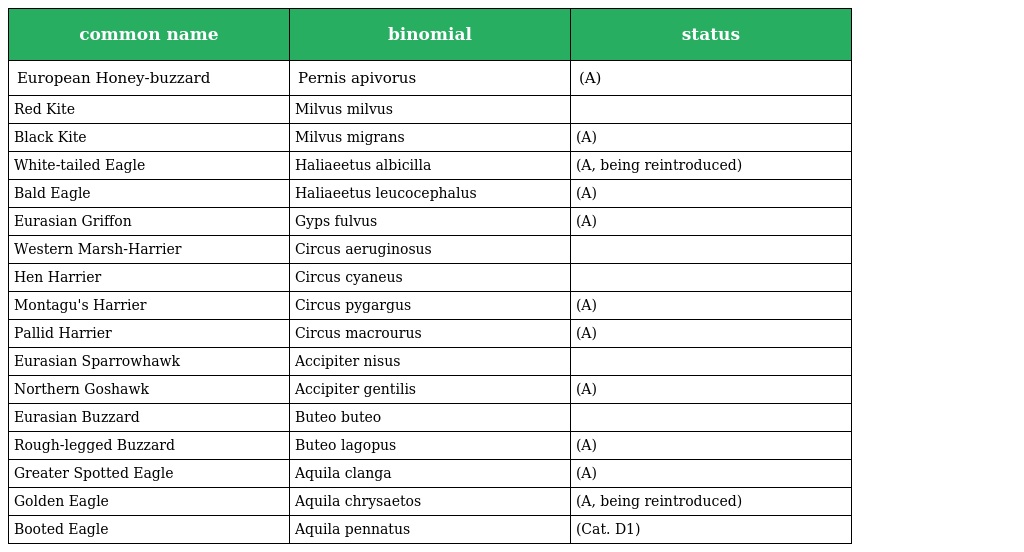
| common name | binomial | status |
 | --- | --- | --- |
 | European Honey-buzzard | Pernis apivorus | (A) |
 | Red Kite | Milvus milvus |  |
 | Black Kite | Milvus migrans | (A) |
 | White-tailed Eagle | Haliaeetus albicilla | (A, being reintroduced) |
 | Bald Eagle | Haliaeetus leucocephalus | (A) |
 | Eurasian Griffon | Gyps fulvus | (A) |
 | Western Marsh-Harrier | Circus aeruginosus |  |
 | Hen Harrier | Circus cyaneus |  |
 | Montagu's Harrier | Circus pygargus | (A) |
 | Pallid Harrier | Circus macrourus | (A) |
 | Eurasian Sparrowhawk | Accipiter nisus |  |
 | Northern Goshawk | Accipiter gentilis | (A) |
 | Eurasian Buzzard | Buteo buteo |  |
 | Rough-legged Buzzard | Buteo lagopus | (A) |
 | Greater Spotted Eagle | Aquila clanga | (A) |
 | Golden Eagle | Aquila chrysaetos | (A, being reintroduced) |
 | Booted Eagle | Aquila pennatus | (Cat. D1) |